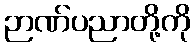
ဉာဏ်ပညာတို့ကို